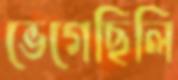
ভেগেছিলি